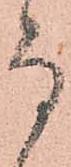
而